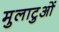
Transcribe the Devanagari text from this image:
मुलाटुओं